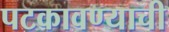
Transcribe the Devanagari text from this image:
पटकावण्याची